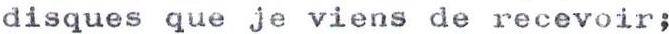
disques que je viens de recevoir;